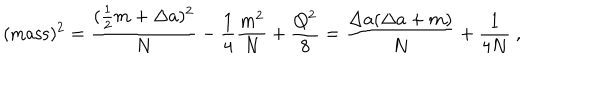
( \mathrm { m a s s } ) ^ { 2 } = { \frac { ( \frac { 1 } { 2 } m + \Delta a ) ^ { 2 } } { N } } - \frac { 1 } { 4 } { \frac { m ^ { 2 } } { N } } + \frac { Q ^ { 2 } } { 8 } = { \frac { \Delta a ( \Delta a + m ) } { N } } + \frac { 1 } { 4 N } ~ ,